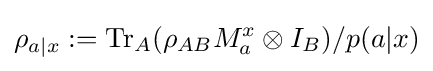
\rho _{a|x}:=\mathrm {Tr} _{A}(\rho _{AB}M_{a}^{x}\otimes I_{B})/p(a|x)